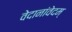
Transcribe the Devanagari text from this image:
वेदानांवेदम्